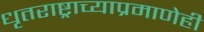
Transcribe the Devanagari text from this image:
धृतराष्ट्राच्याप्रमाणेही